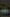
-